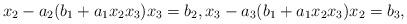
LaTeX: \begin{gather*}x_2-a_2(b_1+a_1x_2x_3)x_3=b_2,x_3-a_3(b_1+a_1x_2x_3)x_2=b_3,\end{gather*}